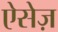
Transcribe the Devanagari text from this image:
ऐसेज़